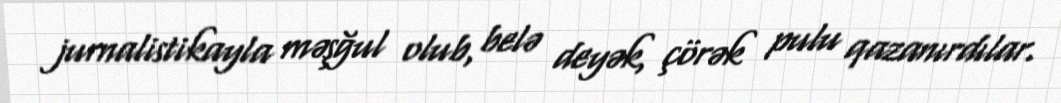
jurnalistikayla məşğul olub, belə deyək, çörək pulu qazanırdılar.